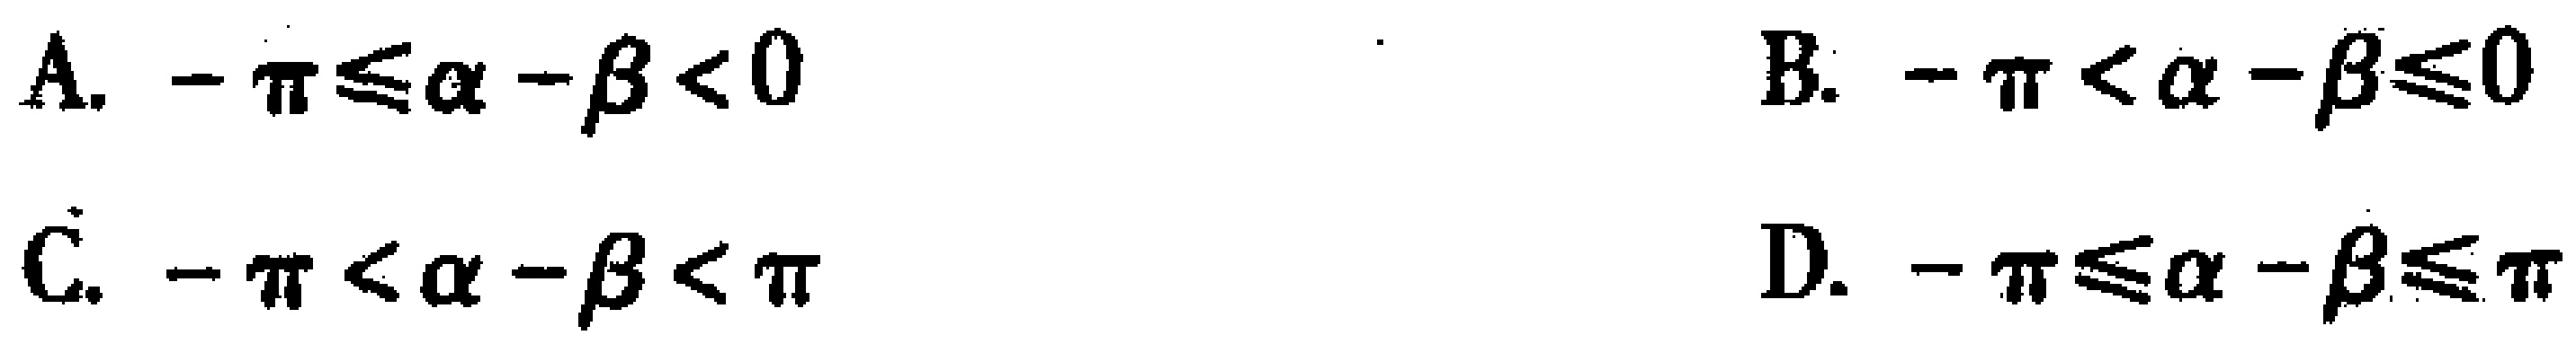
A. \(-\pi\leqslant\alpha - \beta < 0\)

B. \(-\pi < \alpha - \beta\leqslant0\)

C. \(-\pi < \alpha - \beta < \pi\)

D. \(-\pi\leqslant\alpha - \beta\leqslant\pi\)